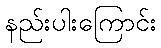
နည်းပါးကြောင်း